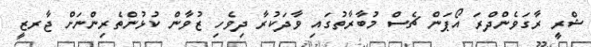
ޝްރީ ރާގަވެންދްރަ އޯޕަން ޗެސް މުބާރާތުގައި ވާދަކުރާ ދިވެހި ޒުވާން ކުޅުންތެރިންނަށް ޖާރޒީ